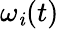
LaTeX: \omega_{\mathit{i}}(t)